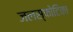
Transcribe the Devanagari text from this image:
जलस्फोटिका